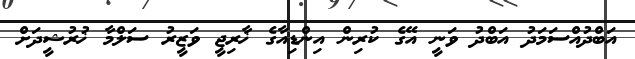
އަބްދުއްސަމަދު އަބްދު ވަނީ އޭގެ ކުރިން އިންޑިއާގެ ޚާރިޖީ ވަޒީރު ސަލްމާ ޚުރުޝީދަށް